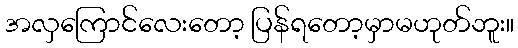
အလှကြောင်လေးတော့ ပြန်ရတော့မှာမဟုတ်ဘူး။